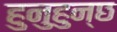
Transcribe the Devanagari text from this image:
हुनुहुन्छ